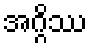
အဂ္ဂိဿ